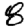
Digit: 8